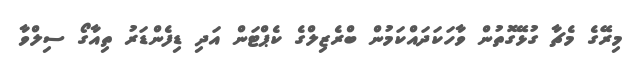
މިރޭގެ މެޗާ ގުޅޭގޮތުން ވާހަކަދައްކަމުން ބްރެޒިލްގެ ކެޕްޓަން އަދި ޑިފެންޑަރު ތިއާގޯ ސިލްވާ